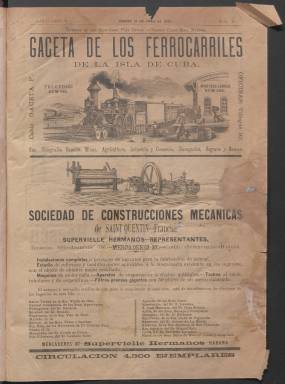
Título: Gaceta de los ferrocarriles de la Isla de Cuba
Otros títulos: Gaceta de los ferrocarriles
Colección: Ferrocarriles
Ámbito geográfico: Cuba
Lugar de publicación: Habana
Fechas: 19/04/1894-07/11/1895